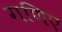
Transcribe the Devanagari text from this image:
गणिए